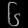
Digit: ၆